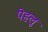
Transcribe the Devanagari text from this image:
पेहलू